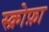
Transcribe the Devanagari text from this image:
स्क्रोफ़ा